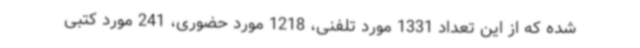
شده که از این تعداد 1331 مورد تلفنی، 1218 مورد حضوری، 241 مورد کتبی